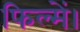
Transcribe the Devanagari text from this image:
फिल्में।